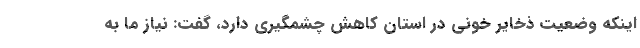
اینکه وضعیت ذخایر خونی در استان کاهش چشمگیری دارد، گفت: نیاز ما به